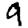
Digit: 9